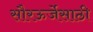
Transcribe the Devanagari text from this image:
सौरऊर्जेसाठी